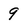
Character: 9